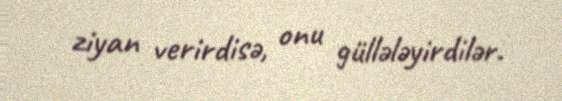
ziyan verirdisə, onu güllələyirdilər.